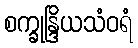
စက္ခုန္ဒြိယသံဝရံ